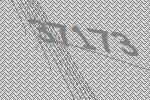
37173